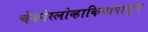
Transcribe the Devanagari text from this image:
चेकोस्लोव्हाकियापासून